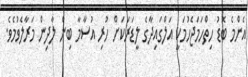
އެންމެ ބޮޑު ހިތްހަމަޖެހުމަކީ އަލްގައިދާގެ ލީޑަރަކަށް ހުރި އުސާމާ ބިން ލާދިން މަރާލެވުމެވެ.